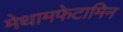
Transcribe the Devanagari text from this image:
मेथामफेटामिन